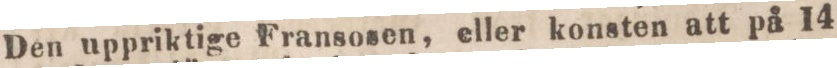
Den uppriktige Fransosen, eller konsten att på 14